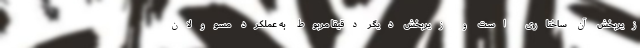
زیربخش آن ساختاری است و زیربخش دیگر دقیقا مربوط به عملکرد مسوولان